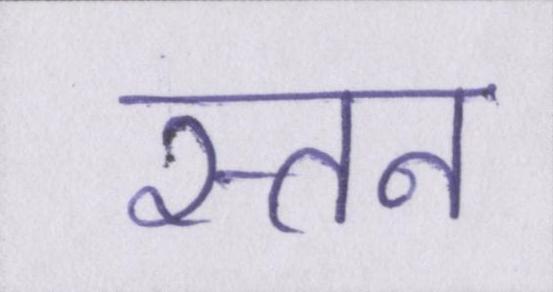
स्तन